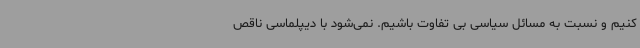
کنیم و نسبت به مسائل سیاسی بی تفاوت باشیم. نمی‌شود با دیپلماسی ناقص